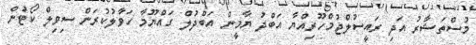
މުސްތަޝާރު އަދި ރައީސުލްޖުމްހޫރިއްޔާ އަބްދު ޔާމީން އަބްދުލް ގައްޔޫމާ ހަވާލުކުރަން ސިވިލް ކޯޓުން